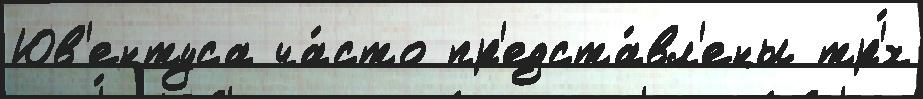
Юв'ентуса ча́сто пр'едста́вл'ены тр'́х